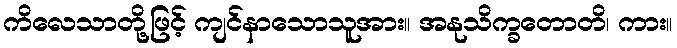
ကိလေသာတို့ဖြင့် ကျင်နာသောသူအား။ အနုသိက္ခတောတိ၊ ကား။